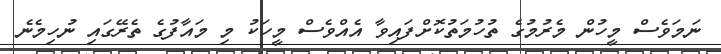
ނަމަވެސް މީހުން މެރުމުގެ ތުހުމަތުކޮށްފައިވާ އެއްވެސް މީހަކު މި މައާފުގެ ތެރޭގައި ނުހިމެނެ